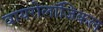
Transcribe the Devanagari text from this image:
वायरोलॉजिकल